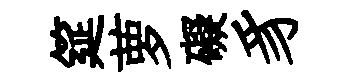
筵萝礙豸